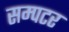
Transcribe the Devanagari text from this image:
सम्पटर